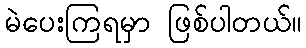
မဲပေးကြရမှာ ဖြစ်ပါတယ်။